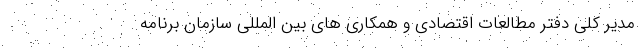
مدیر کلی دفتر مطالعات اقتصادی و همکاری های بین المللی سازمان برنامه